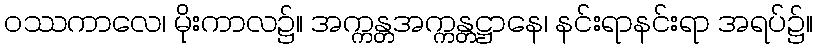
ဝဿကာလေ၊ မိုးကာလ၌။ အက္ကန္တအက္ကန္တဋ္ဌာနေ၊ နင်းရာနင်းရာ အရပ်၌။